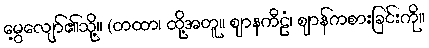
မွေ့လျော်၏သို့။ (တထာ၊ ထို့အတူ။ ဈာနကီဠံ၊ ဈာန်ကစားခြင်းကို။